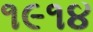
૧૯૧૪